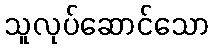
သူလုပ်ဆောင်သော